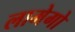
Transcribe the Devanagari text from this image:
लामेगो